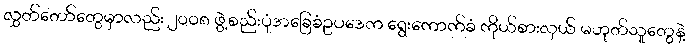
လွှတ်တော်တွေမှာလည်း ၂၀၀၈ ဖွဲ့စည်းပုံအခြေခံဥပဒေက ရွေးကောက်ခံ ကိုယ်စားလှယ် မဟုတ်သူတွေနဲ့